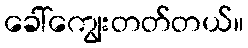
ခေါ်ကျွေးတတ်တယ်။